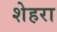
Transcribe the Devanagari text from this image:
शेहरा